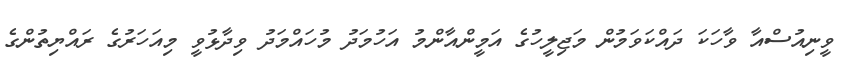
ވީނިއުސްއާ ވާހަކަ ދައްކަވަމުން މަޖިލީހުގެ އަމީންއާންމު އަހުމަދު މުހައްމަދު ވިދާޅުވީ މިއަހަރުގެ ރައްޔިތުންގެ